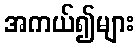
အကယ်၍များ